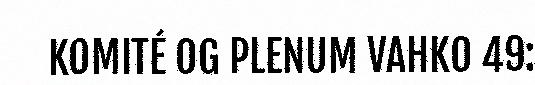
KOMITÉ OG PLENUM VAHKO 49: